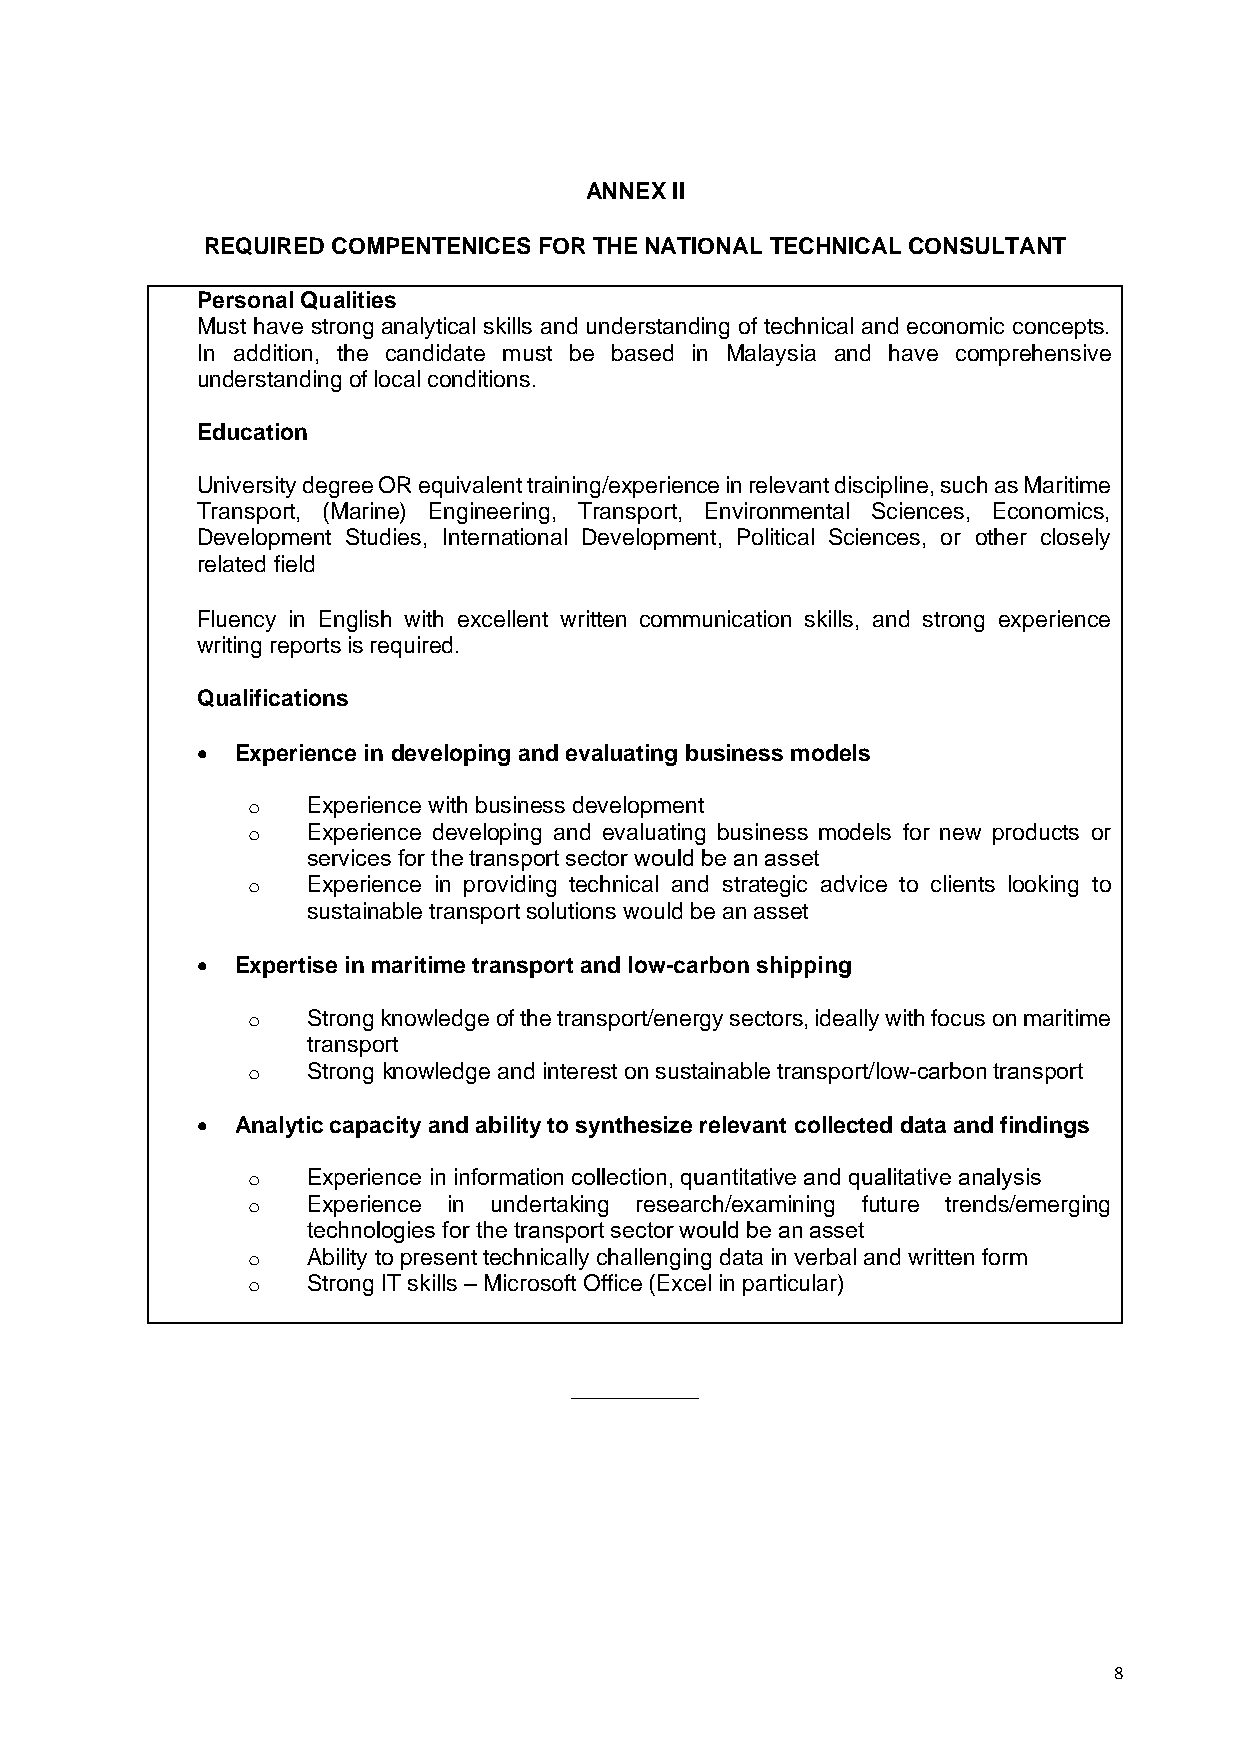
ANNEX II
 REQUIRED COMPENTENICES FOR THE NATIONAL TECHNICAL CONSULTANT
 Personal Qualities
 Must have strong analytical skills and understanding of technical and economic concepts.
 In addition, the candidate must be based in Malaysia and have comprehensive
 understanding of local conditions.
 Education
 University degree OR equivalent training/experience in relevant discipline, such as Maritime
 Transport, (Marine) Engineering, Transport, Environmental Sciences, Economics,
 Development Studies, International Development, Political Sciences, or other closely
 related field
 Fluency in English with excellent written communication skills, and strong experience
 writing reports is required.
 Qualifications
 •  Experience in developing and evaluating business models
 o   Experience with business development
 o   Experience developing and evaluating business models for new products or
 services for the transport sector would be an asset
 o   Experience in providing technical and strategic advice to clients looking to
 sustainable transport solutions would be an asset
 •  Expertise in maritime transport and low-carbon shipping
 o   Strong knowledge of the transport/energy sectors, ideally with focus on maritime
 transport
 o   Strong knowledge and interest on sustainable transport/low-carbon transport
 •  Analytic capacity and ability to synthesize relevant collected data and findings
 o   Experience in information collection, quantitative and qualitative analysis
 o   Experience in undertaking research/examining future trends/emerging
 technologies for the transport sector would be an asset
 o   Ability to present technically challenging data in verbal and written form
 o   Strong IT skills – Microsoft Office (Excel in particular)
 __________
 8